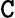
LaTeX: \mathtt{C}